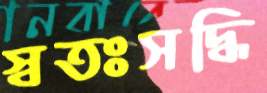
স্বতঃসদ্ধি